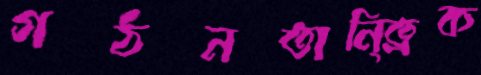
গঠনতানি্ত্রক